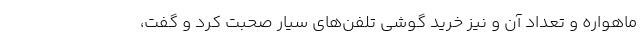
ماهواره و تعداد آن و نیز خرید گوشی تلفن‌های سیار صحبت کرد و گفت،